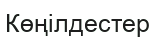
Көңілдестер